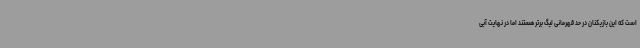
است که این بازیکنان در حد قهرمانی لیگ برتر هستند اما در نهایت آبی